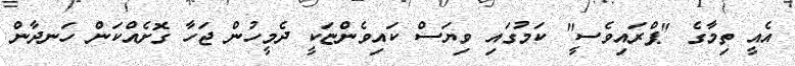
އެއީ ތިމާގެ "ޕްރައިވެސީ" ކަމުގައި ވިޔަސް ކައިވެންޏަކީ ދެމީހުން ޖަހާ ގޮށެއްކަން ހަނދާން